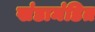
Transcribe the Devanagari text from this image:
खंडामंडित